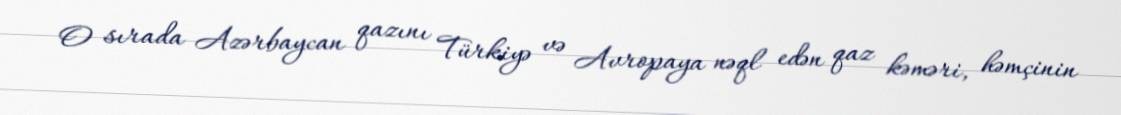
O sırada Azərbaycan qazını Türkiyə və Avropaya nəql edən qaz kəməri, həmçinin